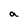
Character: a